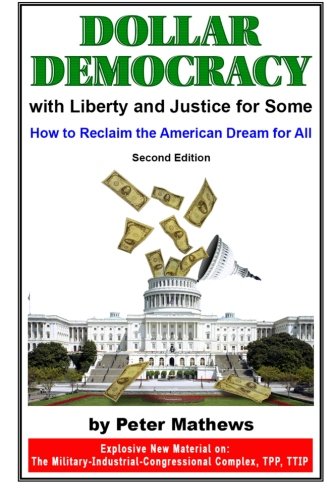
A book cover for Dollar Democracy:With Liberty and Justice for Some: How to Reclaim the American Dream For All; Peter Mathews; Business & Money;